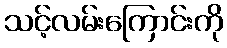
သင့်လမ်းကြောင်းကို